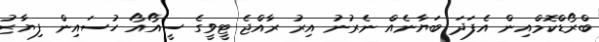
ބްރޯޑްކޮމްއިން އެފަދަ ބަޔާނެއް ނެރުނު އިރު ރާއްޖެ ޓީވީގެ ސީއޯއޯ ހުސައިން ފިޔާޒު